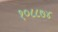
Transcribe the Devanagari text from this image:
१०८८७४